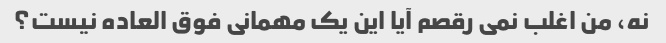
نه، من اغلب نمی رقصم آیا این یک مهمانی فوق العاده نیست؟